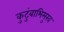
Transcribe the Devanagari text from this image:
कुटुंबाभिमुख